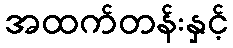
အထက်တန်းနှင့်